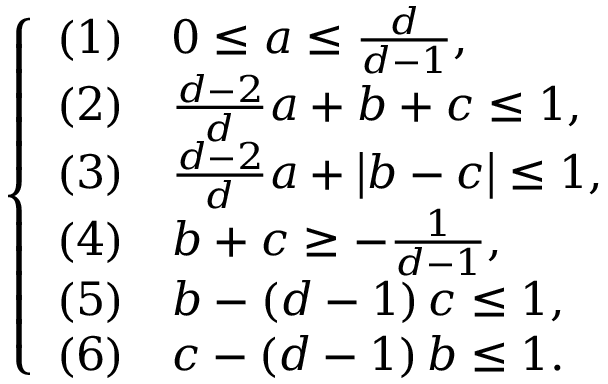
\left\{ \begin{array} { l l l l l l l } { ( 1 ) } & { 0 \le a \le \frac { d } { d - 1 } , } \\ { ( 2 ) } & { \frac { d - 2 } { d } a + b + c \le 1 , } \\ { ( 3 ) } & { \frac { d - 2 } { d } a + \left| b - c \right| \le 1 , } \\ { ( 4 ) } & { b + c \ge - \frac { 1 } { d - 1 } , } \\ { ( 5 ) } & { b - \left( d - 1 \right) c \le 1 , } \\ { ( 6 ) } & { c - \left( d - 1 \right) b \le 1 . } \end{array} \right.